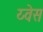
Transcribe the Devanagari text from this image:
य्वेस